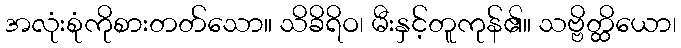
အလုံးစုံကိုစားတတ်သော။ သိခိရိဝ၊ မီးနှင့်တူကုန်၏။ သဗ္ဗိတ္ထိယော၊